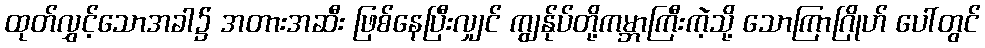
ထုတ်လွှင့်သောအခါ၌ အတားအဆီး ဖြစ်နေပြီးလျှင် ကျွန်ုပ်တို့ကမ္ဘာကြီးကဲ့သို့ သောကြာဂြိုဟ် ပေါ်တွင်